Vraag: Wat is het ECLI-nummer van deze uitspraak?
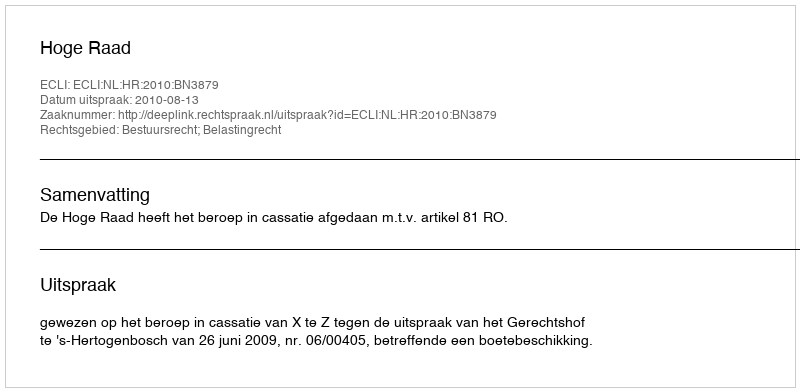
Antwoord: ECLI:NL:HR:2010:BN3879